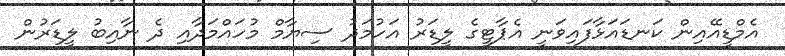
އެމްޑީއޭއިން ކަނޑައަޅާފައިވަނީ އެޕާޓީގެ ލީޑަރު އަހުމަދު ސިޔާމް މުހައްމަދާއި ދެ ނާއިބު ލީޑަރުން